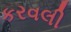
કરવલી